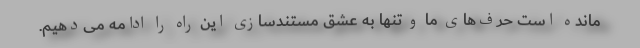
مانده است حرف‌های ما و تنها به عشق مستندسازی این راه را ادامه می‌دهیم.